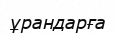
ұрандарға